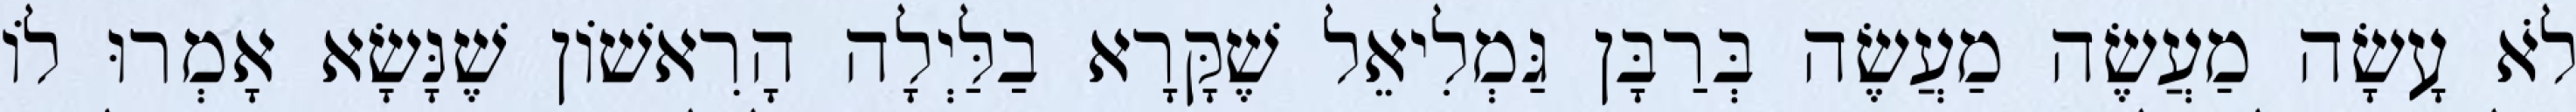
לֹא עָשָׂה מַעֲשֶׂה מַעֲשֶׂה בְּרַבָּן גַּמְלִיאֵל שֶׁקָּרָא בַלַּיְלָה הָרִאשׁוֹן שֶׁנָּשָׂא אָמְרוּ לוֹ